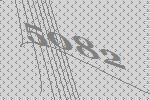
5082